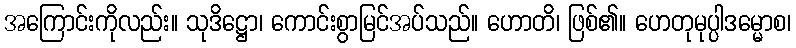
အကြောင်းကိုလည်း။ သုဒိဋ္ဌော၊ ကောင်းစွာမြင်အပ်သည်။ ဟောတိ၊ ဖြစ်၏။ ဟေတုမုပ္ပါဒမ္မောစ၊